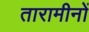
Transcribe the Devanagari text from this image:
तारामीनों